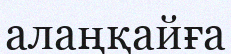
алаңқайға